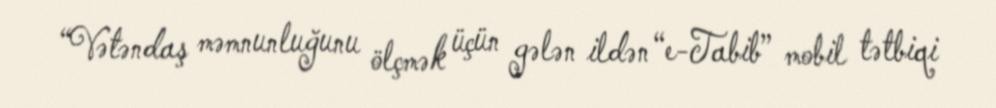
“Vətəndaş məmnunluğunu ölçmək üçün gələn ildən “e-Tabib” mobil tətbiqi